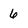
Character: 6